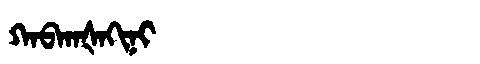
Manchu: ᡴᠠᠪᡴᠠᡧᠠᡴᡳᠨᡳ
Romanization: KABKAŠAKINI